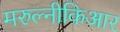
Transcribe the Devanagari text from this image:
मरुल्नीकिआर